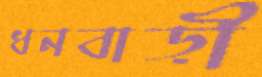
ধনবাড়ী